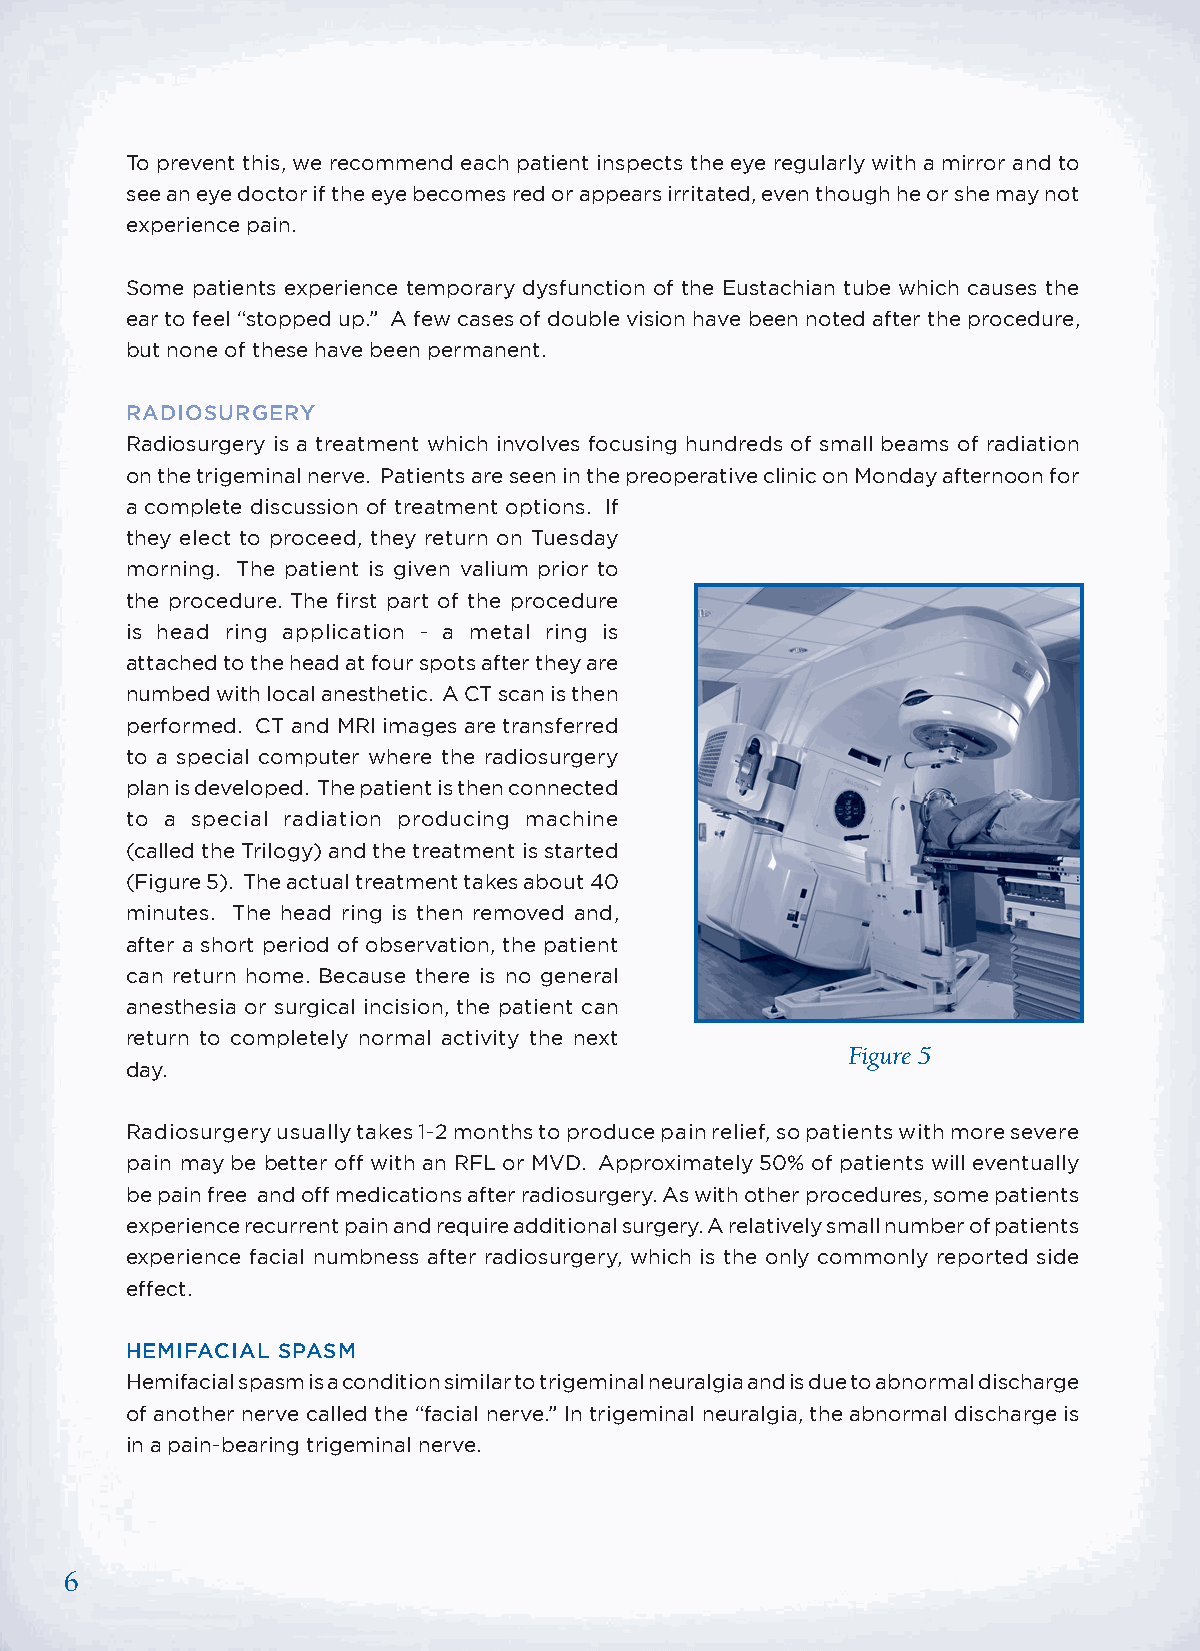
To prevent this, we recommend each patient inspects the eye regularly with a mirror and to
 see an eye doctor if the eye becomes red or appears irritated, even though he or she may not
 experience pain.
 Some patients experience temporary dysfunction of the Eustachian tube which causes the
 ear to feel “stopped up.” A few cases of double vision have been noted after the procedure,
 but none of these have been permanent.
 RADIOSURGERY
 Radiosurgery is a treatment which involves focusing hundreds of small beams of radiation
 on the trigeminal nerve. Patients are seen in the preoperative clinic on Monday afternoon for
 a complete discussion of treatment options. If
 they elect to proceed, they return on Tuesday
 morning. The patient is given valium prior to
 the procedure. The first part of the procedure
 is head ring application - a metal ring is
 attached to the head at four spots after they are
 numbed with local anesthetic. A CT scan is then
 performed. CT and MRI images are transferred
 to a special computer where the radiosurgery
 plan is developed. The patient is then connected
 to a special radiation producing machine
 (called the Trilogy) and the treatment is started
 (Figure 5). The actual treatment takes about 40
 minutes. The head ring is then removed and,
 after a short period of observation, the patient
 can return home. Because there is no general
 anesthesia or surgical incision, the patient can
 return to completely normal activity the next
 Figure 5
 day.
 Radiosurgery usually takes 1-2 months to produce pain relief, so patients with more severe
 pain may be better off with an RFL or MVD. Approximately 50% of patients will eventually
 be pain free and off medications after radiosurgery. As with other procedures, some patients
 experience recurrent pain and require additional surgery. A relatively small number of patients
 experience facial numbness after radiosurgery, which is the only commonly reported side
 effect.
 HEMIFACIAL SPASM
 Hemifacial spasm is a condition similar to trigeminal neuralgia and is due to abnormal discharge
 of another nerve called the “facial nerve.” In trigeminal neuralgia, the abnormal discharge is
 in a pain-bearing trigeminal nerve.
 6